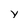
Character: y